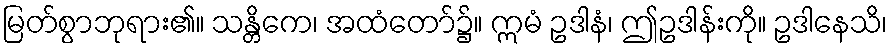
မြတ်စွာဘုရား၏။ သန္တိကေ၊ အထံတော်၌။ ဣမံ ဥဒါနံ၊ ဤဥဒါန်းကို။ ဥဒါနေသိ၊